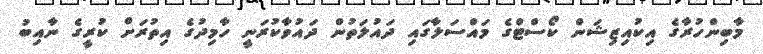
މާބިންހުރާގެ އިކުއިޒިޝަން ކޯސްޓްގެ މައްސަލާގައި ދައުލަތުން ދައުވާކުރަނީ ހާމިދުގެ އިތުރަށް ކުރީގެ ނާއިބު